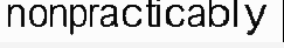
nonpracticably